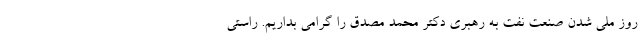
روز ملی شدن صنعت نفت به رهبری دکتر محمد مصدق را گرامی بداریم. راستی